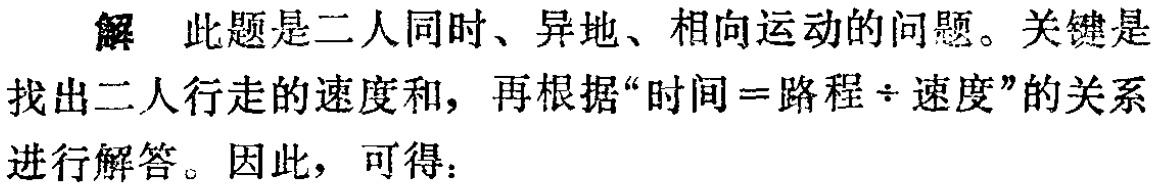
解 此题是二人同时、异地、相向运动的问题。关键是找出二人行走的速度和，再根据“时间 = 路程÷速度”的关系进行解答。因此，可得：